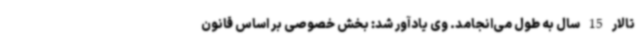
تالار 15 سال به طول می‌انجامد. وی یادآور شد: بخش خصوصی بر اساس قانون